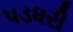
પડધરી